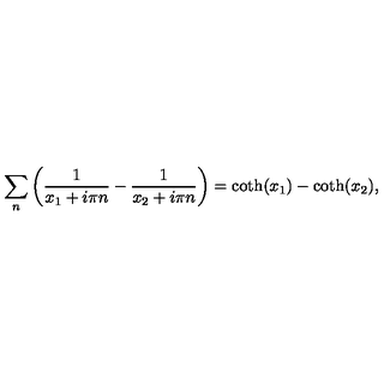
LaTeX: \sum _ { n } \left( \frac { 1 } { x _ { 1 } + i \pi n } - \frac { 1 } { x _ { 2 } + i \pi n } \right) = \coth ( x _ { 1 } ) - \coth ( x _ { 2 } ) ,